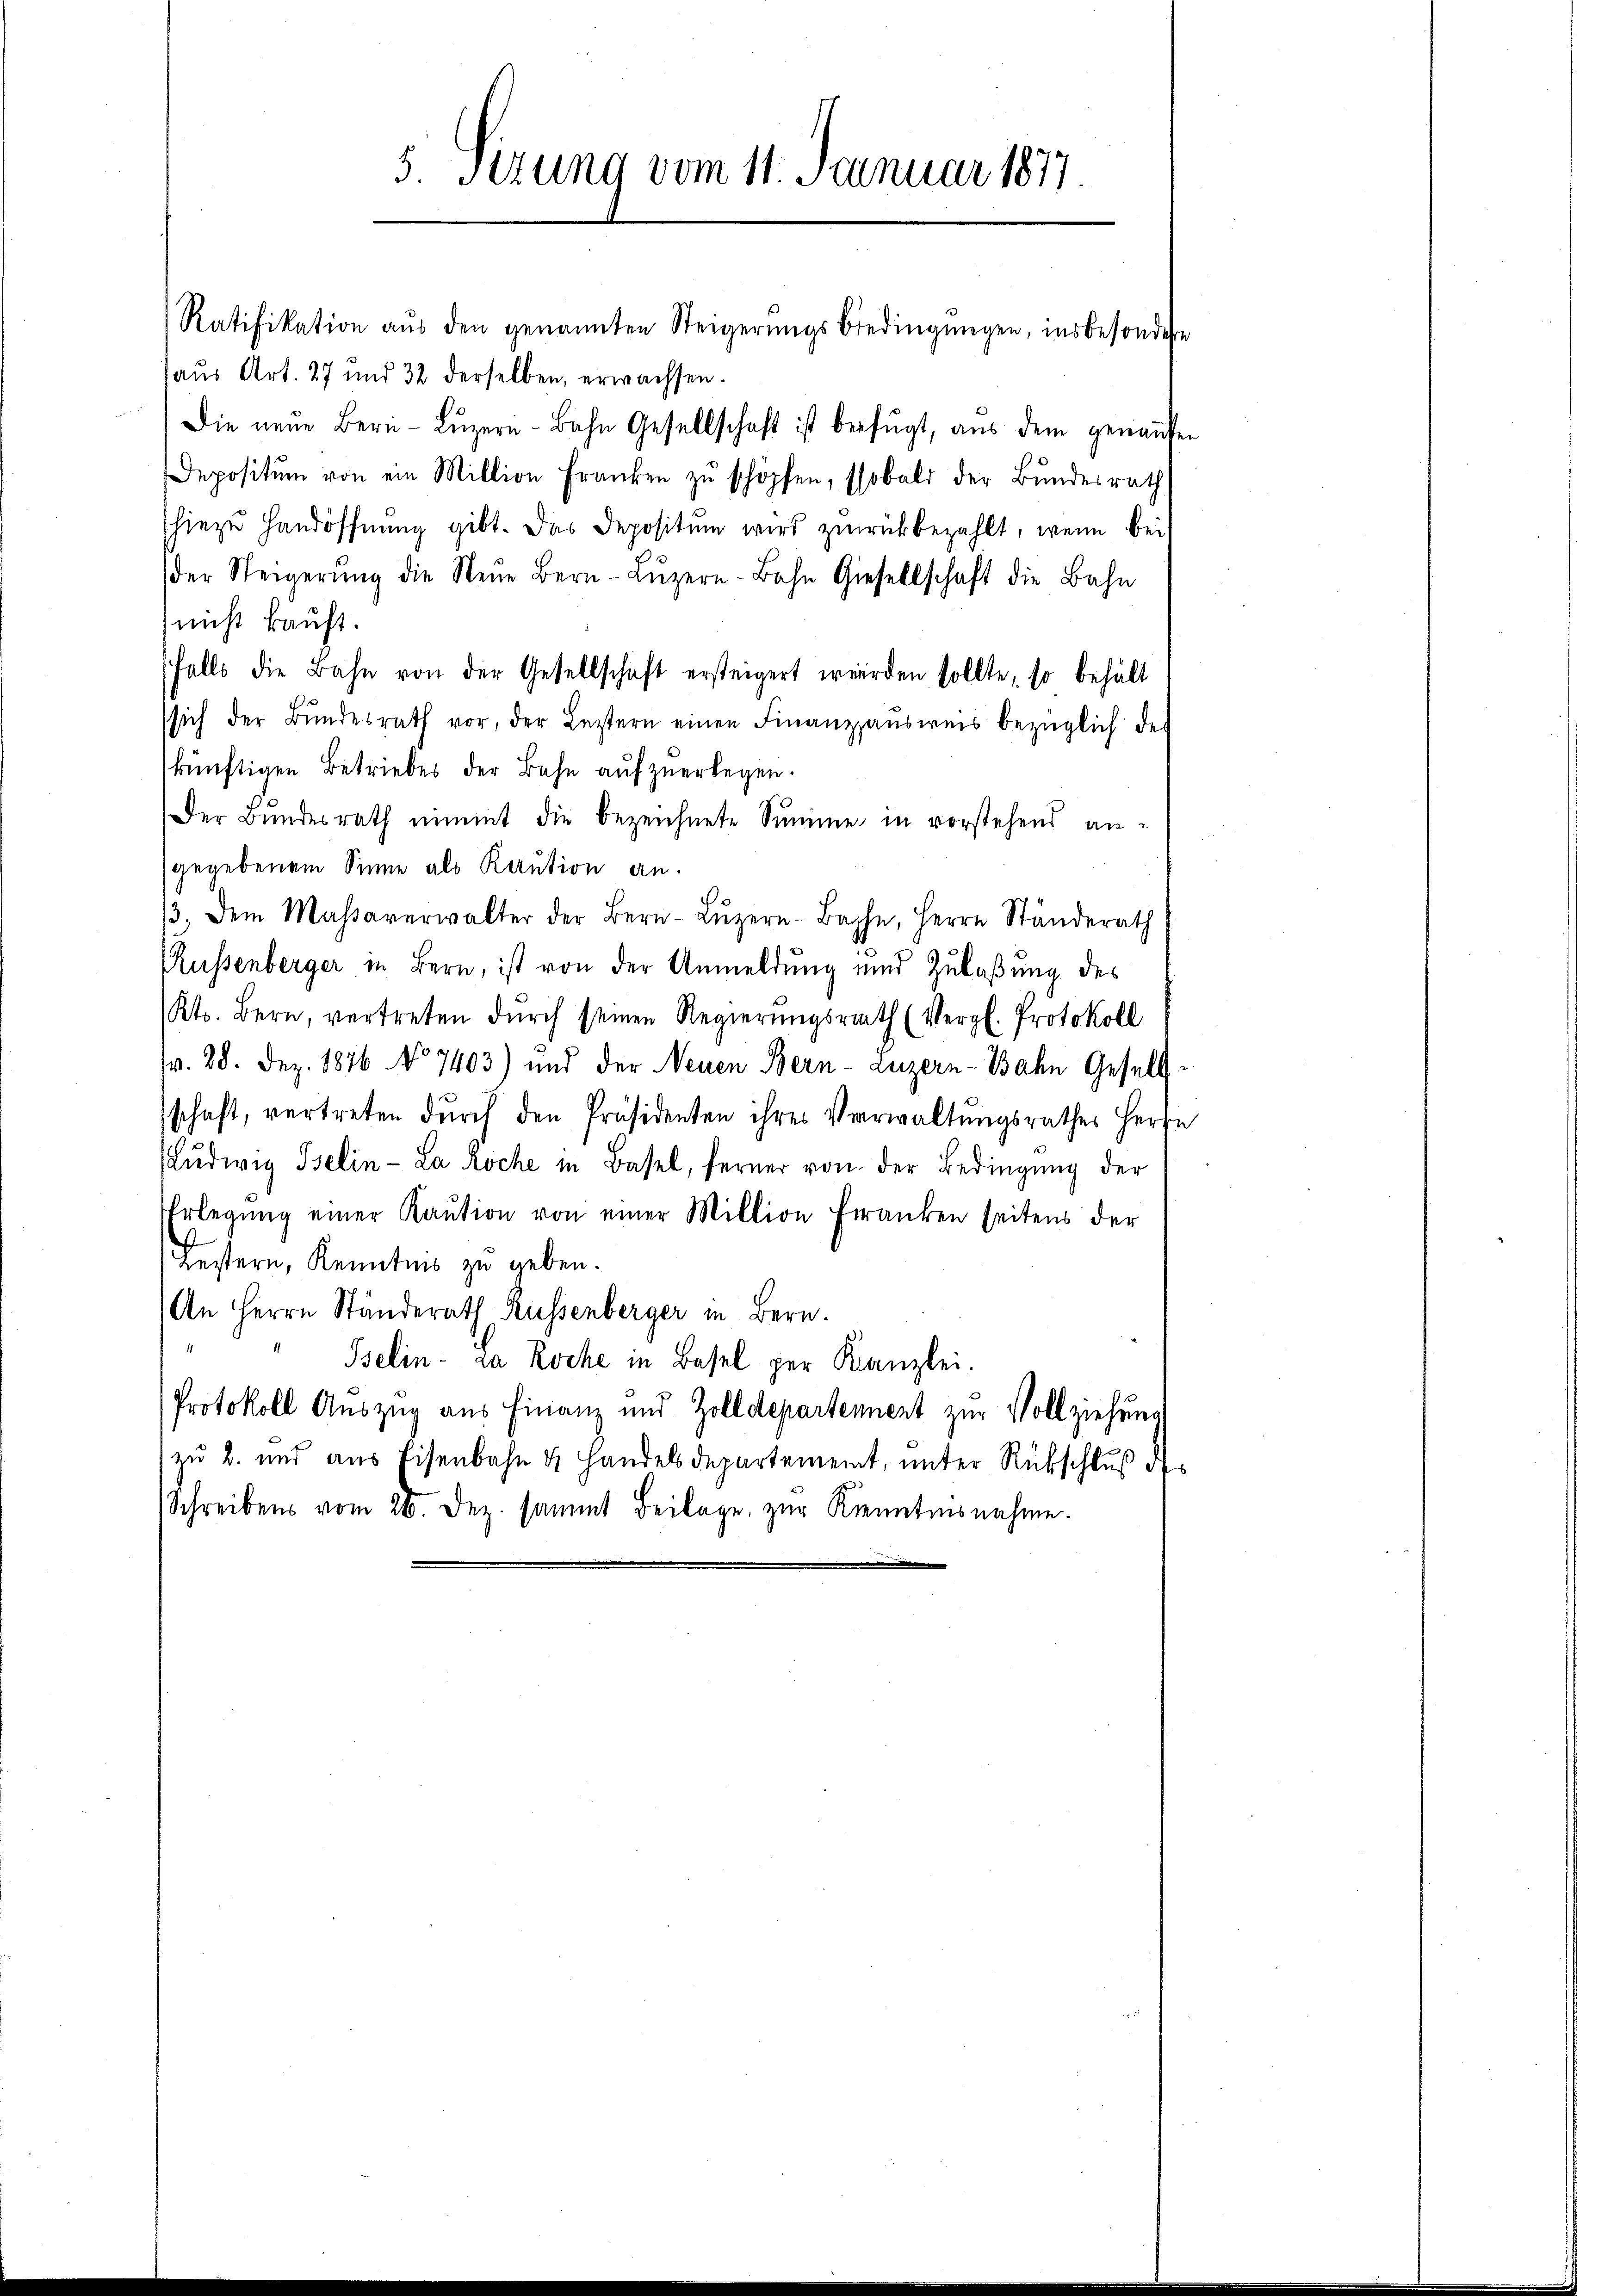
Ratifikation aŭs den genannten Steigerŭngsbedingŭngen, insbesondere
haŭs Art. 27 und 32 derselben, erwachsen.
Die neŭe Bern-Lŭzern - Bahn Gesellschaft ist beifügt, aŭs dem genaufen
Depositum von ein Million Franken zŭ schöpfen, sobald der Bundesrath
hiezu Handöffnung gibt. Das Depositum wird zurückbezahlt, wenn bei
(der Steigerŭng die Neŭe Bern-Lŭzern-Bahn Giesellschaft die Bahn
nicht kauft.
falls die Bahn von der Gesellschaft ersteigert werden sollte, so behält
sich der Bŭndesrath vor, der Leztern einen Finanzhaŭsweis bezüglich des
künftigen Betriebes der Bahn auf zuerlegen.
Der Bundesrath nimmt die bezeichnete Summe in vorstehend angegebenem Sinne als Kaution an.
/3. dem Massaverwalter der Bern-Lŭzern-Bache, Herrn Ständerath
Russenberger in Bern, ist von der Anmeldung und Zulaßung des
Kt. Bern, vertreten dŭrch seinen Regierŭngsrath (Vergl. Protokoll
v. 28. Dez. 1876 No 7403) und der Neuen Bern- Luzern-Bahn Gesellschaft, vertreten durch den Präsidenten ihres Verwaltungsrathes Herze
Lŭdwig Iselin-La Roche in Basel, ferner von der Bedingung der
Erlegŭng einer Kaŭtion von einer Million franken seitens der
Festern, Kenntnis zu geben.
An Herrn Ständerath Küssenberger in Bern.
1
Iselin - da Roche in Basel per Kanzlei.
Protokoll Auszug aus Finanz und Zolldepartennent zur Vollziehung
zu 2. und aus Eisenbahn & Handelsdepartement, unter Rückschluß des
Schreibens vom 26. Dez. sammt Beilage zur Kenntnisnahme.

5. Sizung vom 11. Januar 1877